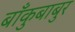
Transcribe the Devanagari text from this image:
बाँकुबाबुर